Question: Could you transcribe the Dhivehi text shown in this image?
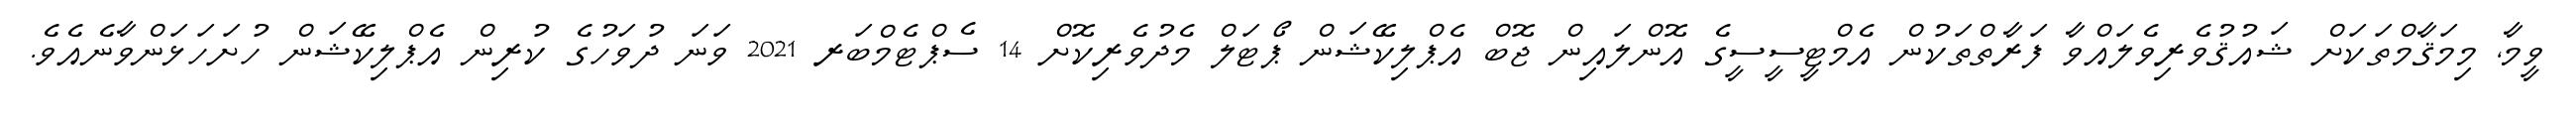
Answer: ވީމާ, މިމަޤާމްތަކަށް ޝައުޤުވެރިވެލައްވާ ފަރާތްތަކުން އެމްޓީސީސީގެ އޮންލައިން ޖޮބް އެޕްލިކޭޝަން ޕޯޓަލް މެދުވެރިކޮށް 14 ސެޕްޓެމްބަރ 2021 ވަނަ ދުވަހުގެ ކުރިން އެޕްލިކޭޝަން ހުށަހަޅަންވާނެއެވެ.